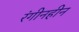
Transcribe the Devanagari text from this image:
रंगीनहीन